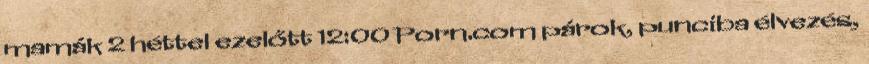
mamák 2 héttel ezelőtt 12:00 Porn.com párok, punciba élvezés,